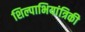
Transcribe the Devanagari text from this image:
शिल्पाभियांत्रिकी